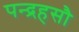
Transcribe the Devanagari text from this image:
पन्द्रहसौ